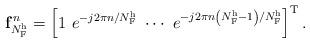
LaTeX: \begin{align*}\mathbf{f}_{N_{\mathrm{F}}^{\mathrm{h}}}^n = \left[1 \,\, e^{-j2\pi n/N_\mathrm{F}^{\mathrm{h}}} \,\, \cdots \,\, e^{-j2\pi n \left(N_\mathrm{F}^{\mathrm{h}} - 1 \right)/N_\mathrm{F}^{\mathrm{h}}} \right]^\mathrm{T}.\end{align*}